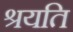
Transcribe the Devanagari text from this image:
श्रयति